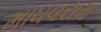
માધવરામ